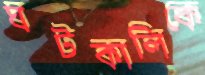
ঘটকালিকে